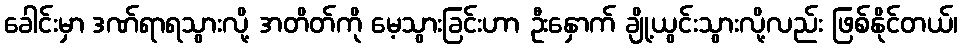
ခေါင်းမှာ ဒဏ်ရာရသွားလို့ အတိတ်ကို မေ့သွားခြင်းဟာ ဦးနှောက် ချို့ယွင်းသွားလို့လည်း ဖြစ်နိုင်တယ်၊